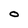
Character: O